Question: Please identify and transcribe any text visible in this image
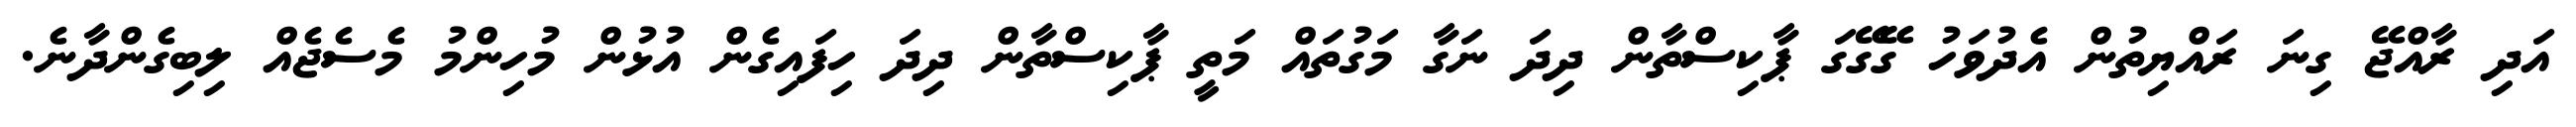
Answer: އަދި ރާއްޖޭ ގިނަ ރައްޔިތުން އެދުވަހު ގޭގޭގަ ޕާކިސްތާން ދިދަ ނަގާ މަގުތައް މަތީ ޕާކިސްތާން ދިދަ ހިފައިގެން އުޅުން މުހިންމު މެސެޖެއް ލިބިގެންދާނެ.